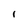
Character: I